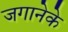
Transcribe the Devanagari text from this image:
जगानेके